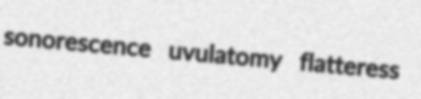
sonorescence uvulatomy flatteress